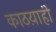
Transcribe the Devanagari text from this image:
काठय़ाही